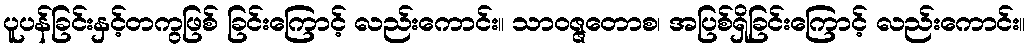
ပူပန်ခြင်းနှင့်တကွဖြစ် ခြင်းကြောင့် လည်းကောင်း။ သာဝဇ္ဇတောစ၊ အပြစ်ရှိခြင်းကြောင့် လည်းကောင်း။